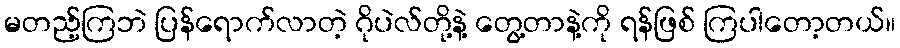
မတည့်ကြဘဲ ပြန်ရောက်လာတဲ့ ဂိုပဲလ်တို့နဲ့ တွေ့တာနဲ့ကို ရန်ဖြစ် ကြပါတော့တယ်။